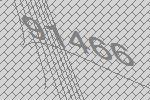
91466